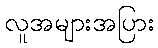
လူအများအပြား